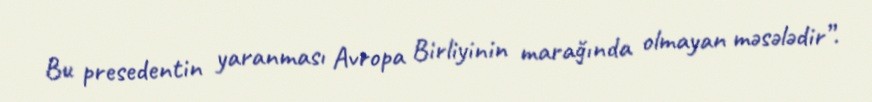
Bu presedentin yaranması Avropa Birliyinin marağında olmayan məsələdir”.